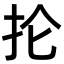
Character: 抡